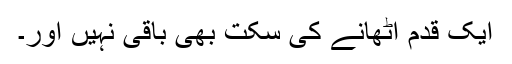
ایک قدم اٹھانے کی سکت بھی باقی نہیں اور۔